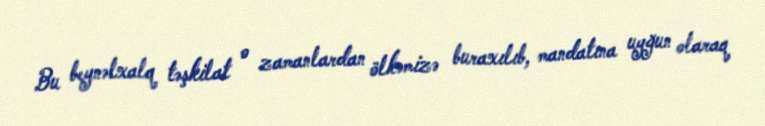
Bu beynəlxalq təşkilat o zamanlardan ölkəmizə buraxılıb, mandatına uyğun olaraq